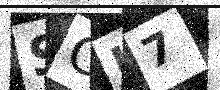
Text: SCJ7